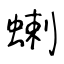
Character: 蝲